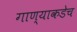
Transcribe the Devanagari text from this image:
गाण्याकडेच